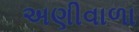
અણીવાળા